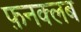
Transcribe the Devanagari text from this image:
फ़नक्लब